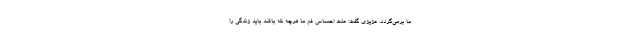
ما برمی‌گردد. عزیزی گفت: علت احساس غم ما هرچه که باشد باید زندگی را